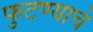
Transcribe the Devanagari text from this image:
फुटण्याचे